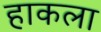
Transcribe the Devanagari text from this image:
हाकला